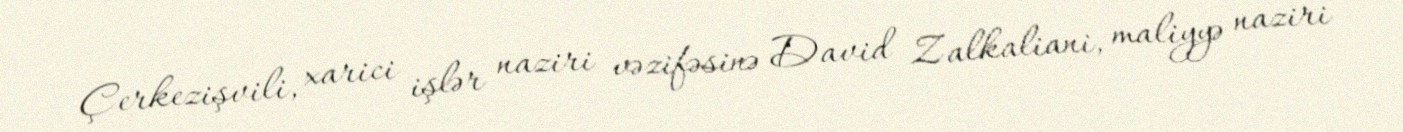
Çerkezişvili, xarici işlər naziri vəzifəsinə David Zalkaliani, maliyyə naziri